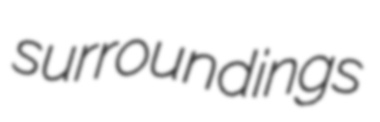
surroundings